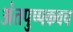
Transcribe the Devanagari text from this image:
अंतपुष्पकवच